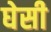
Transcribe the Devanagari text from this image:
घेसी